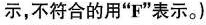
示,不符合的用"F"表示。)